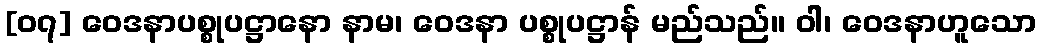
[၀၇] ဝေဒနာပစ္စုပဋ္ဌာနော နာမ၊ ဝေဒနာ ပစ္စုပဋ္ဌာန် မည်သည်။ ဝါ၊ ဝေဒနာဟူသော